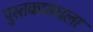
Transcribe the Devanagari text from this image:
पुस्तकामधला